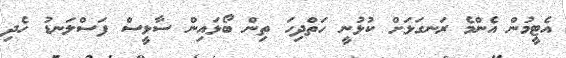
އެޓީމުން އެންމެ ރަނގަޅަށް ކުޅުނީ ހަތްދިހަ ތިން ބޯޅައިން ސާޅީސް ފަސްލަނޑު ހެދި